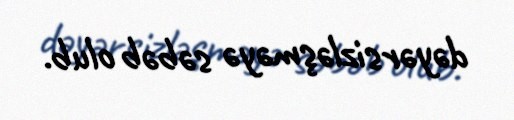
dəyərsizləşməyə səbəb olub.